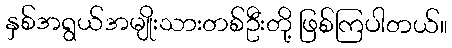
နှစ်အရွယ်အမျိုးသားတစ်ဦးတို့ ဖြစ်ကြပါတယ်။